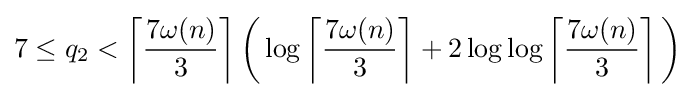
7\leq q_{2}<\left\lceil {\frac {7\omega (n)}{3}}\right\rceil {\biggl (}\log \left\lceil {\frac {7\omega (n)}{3}}\right\rceil +2\log \log \left\lceil {\frac {7\omega (n)}{3}}\right\rceil {\biggr )}